Cholera in India, 1862 to 1881
Year: 1862
Disease focus: Cholera
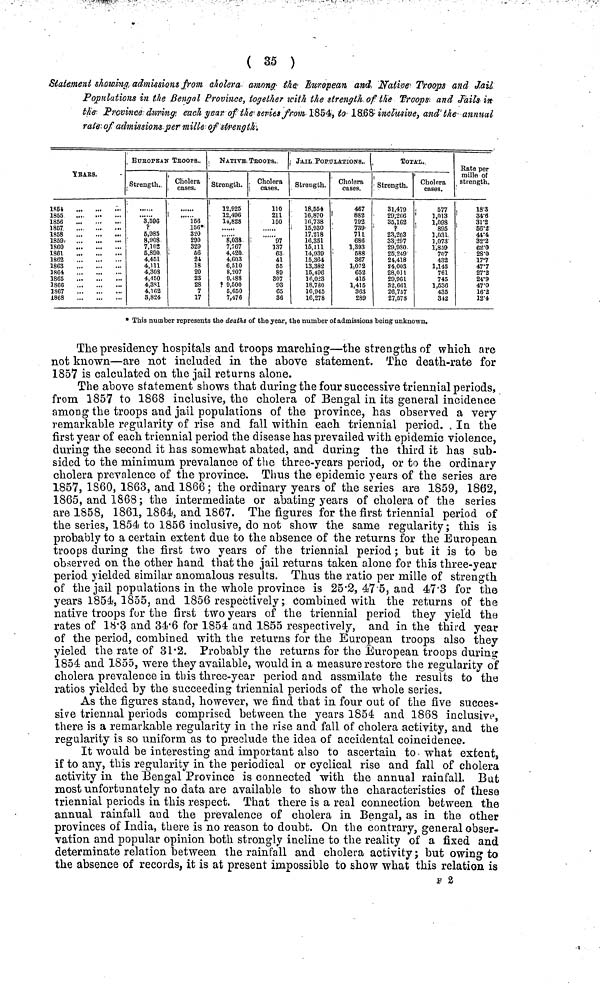
( 35 )
Statement showing admissions from cholera among the European and Native Troops and Jail
Populations in the Bengal Province, together with the strength of the Troops and jails in
the Province during each year of the series from 1854, to 1S68 inclusive, and the annual
rate of admissions per mille of strength.
YEARS.
1854
1855
1856
1857
1858
1859
1860
1861
1862
1863
1864
1865
1866
1S67
1868
EUROPEAN
Strength.
3,596
?
6,985
8,908
7,102
5,890
4,451
4,111
4,308
4,450
4,381
4,162
3,824
TROOPS..
Cholera
cases.
156
156*
320
290
329
56
24
18
20
23
28
7
17
NATIVE
Strength..
12,925
12,496
14,828
.....
8,038
7,767
4,420
4,603
6,510
8,207
9,488
! 9,500
5,650
7,476
TROOPS
Cholera
cases.
110
211
150
97
137
63
41
55
89
807
93
65
36
JAIL POPULATIONS.
Strength.
18,554
16,870
16,738
15,930
17,218
16.351
15,111
14,939
15,364
13,382
15,496
16,023
18,780
16,945
16,278
Cholera
cases.
467
882
792
739
711
686
1,393
588
367
1,072
652
416
1,415
363
289
TOTAL..
Strength.
31,479
29,206
35,162
P
23,203
33,297
29,980
25,249
24,418
24,003
28,OJ 1
29,961
32,661
26,757
27,578
Cholera
cases.
677
1,013
1,098
895
1,031
1,073
1,859
707
432
1,145
761
745
1,636
435
312
Rate per
mille of
strength.
18·3
34·6
31·2
66·2
44·4
32·2
62·0
28·0
17·7
47·7
27·2
24·9
47·0
16·2
12·4
» This number represents the deaths of the year, the number of admissions being unknown.
The presidency hospitals and troops marching—the strengths of which are
not known—are not included in the above statement. The death-rate for
1857 is calculated on the jail returns alone.
The above statement shows that during the four successive triennial periods,
from 1857 to 1868 inclusive, the cholera of Bengal in its general incidence
among the troops and jail populations of the province, has observed a very
remarkable regularity of rise and fall within each triennial period. In the
first year of each triennial period the disease has prevailed with epidemic violence,
during the second it has somewhat abated, and during the third it has sub-
sided to the minimum prevalance of the three-years period, or to the ordinary
cholera prevalence of the province. Thus the epidemic years of the series are
1857, 1860, 1863, and 1866; the ordinary years of the series are 1859, 1862,
1865, and 1868 ; the intermediate or abating years of cholera of the series
are 1858, 1861, 1864, and 1867. The figures for the first triennial period of
the series, 1854 to 1856 inclusive, do not show the same regularity; this is
probably to a certain extent due to the absence of the returns for the European
troops during the first two years of the triennial period ; but it is to be
observed on the other hand that the jail returns taken alone for this three-year
period yielded similar anomalous results. Thus the ratio per mille of strength
of the jail populations in the whole province is 25·2, 47·5, and 47·3 for the
years 1854, 1855, and 1856 respectively; Combined with the returns of the
native troops for the first two years of the triennial period they yield the
rates of 18·3 and 34·6 for 1854 and 1855 respectively, and in the third year
of the period, combined with the returns for the European troops also they
yieled the rate of 31·2. Probably the returns for the European troops during
1854 and 1855, were they available, would in a measure restore the regularity of
cholera prevalence in this three-year period and assmilate the results to the
ratios yielded by the succeeding triennial periods of the whole series.
As the figures stand, however, we find that in four out of the five succes-
sive triennal periods comprised between the years 1854 and 1868 inclusive,
there is a remarkable regularity in the rise and fall of cholera activity, and the
regularity is so uniform as to preclude the idea of accidental coincidence.
It would be interesting and important also to ascertain to what extent,
if to any, this regularity in the periodical or cyclical rise and fall of cholera
activity in the Bengal Province is connected with the annual rainfall. But
most unfortunately no data are available to show the characteristics of these
triennial periods in this respect. That there is a real connection between the
annual rainfall and the prevalence of cholera in Bengal, as in the other
provinces of India, there is no reason to doubt. On the contrary, general obser-
vation and popular opinion both strongly incline to the reality of a fixed and
determinate relation between the rainfall and cholera activity; but owing to
the absence of records, it is at present impossible to show what this relation is
F 2